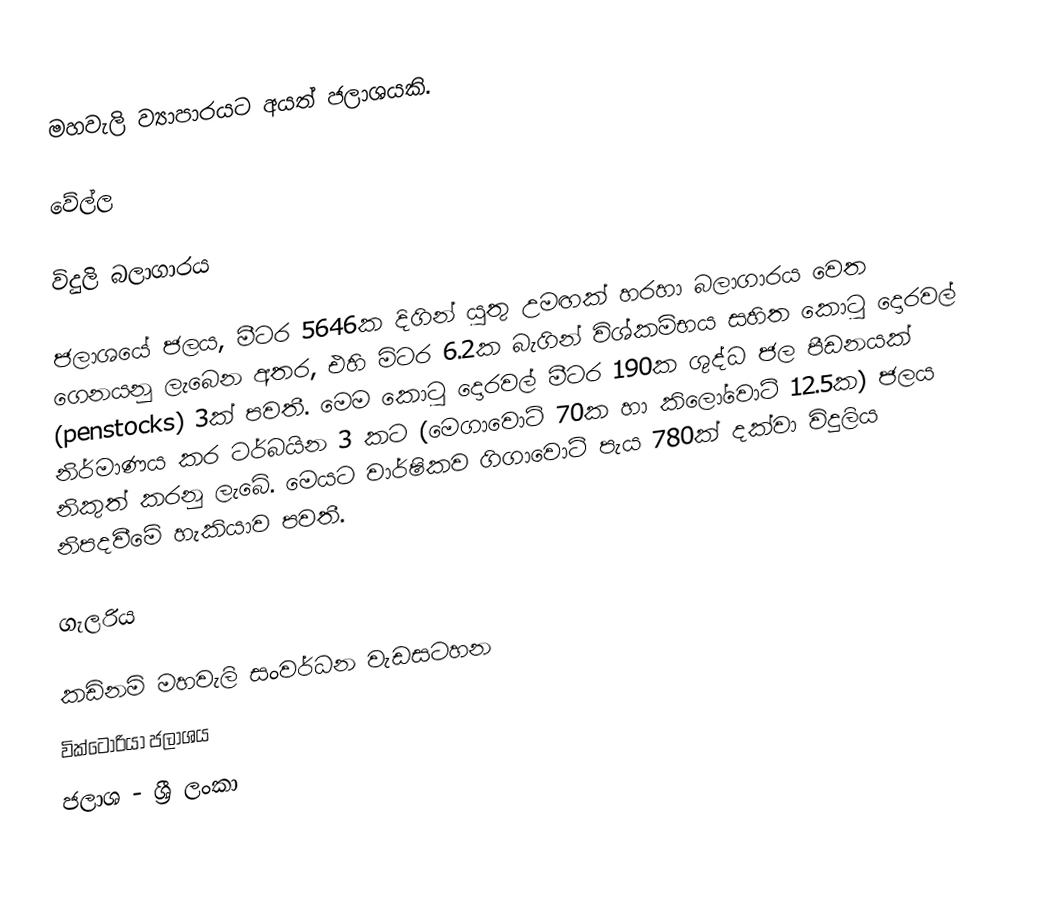
මහවැලි ව්‍යාපාරයට අයත් ජලාශයකි.

වේල්ල

විදුලි බලාගාරය

ජලාශයේ ජලය, මීටර 5646ක දිගින් යුතු උමඟක් හරහා බලාගාරය වෙත ගෙනයනු ලැබෙන අතර, එහි මිටර 6.2ක බැගින් විශ්කම්භය සහිත කො‍ටු දොරවල් (penstocks) 3ක් පවතී. මෙම කො‍ටු දොරවල් මීටර 190ක ශුද්ධ ජල පීඩනයක් නිර්මාණය කර ටර්බයින 3 කට (මෙගාවොට් 70ක හා කිලෝවොට් 12.5ක) ජලය නිකුත් කරනු ලැබේ. මෙයට වාර්ෂිකව ගිගාවොට් පැය 780ක් දක්වා විදුලිය නිපදවීමේ හැකියාව පවතී.

ගැලරිය

කඩිනමි මහවැලි සංවර්ධන වැඩසටහන
වික්ටෝරියා ජලාශය
ජලාශ - ශ්‍රී ලංකා